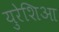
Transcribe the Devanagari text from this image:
युरेशिआ